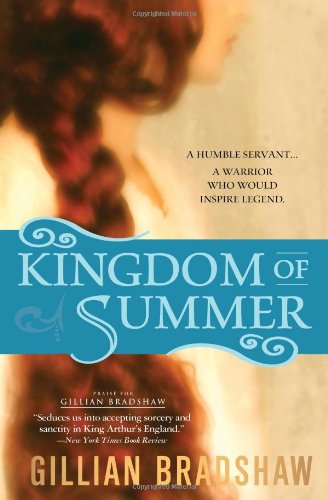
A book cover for Kingdom of Summer; Gillian Bradshaw; Science Fiction & Fantasy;